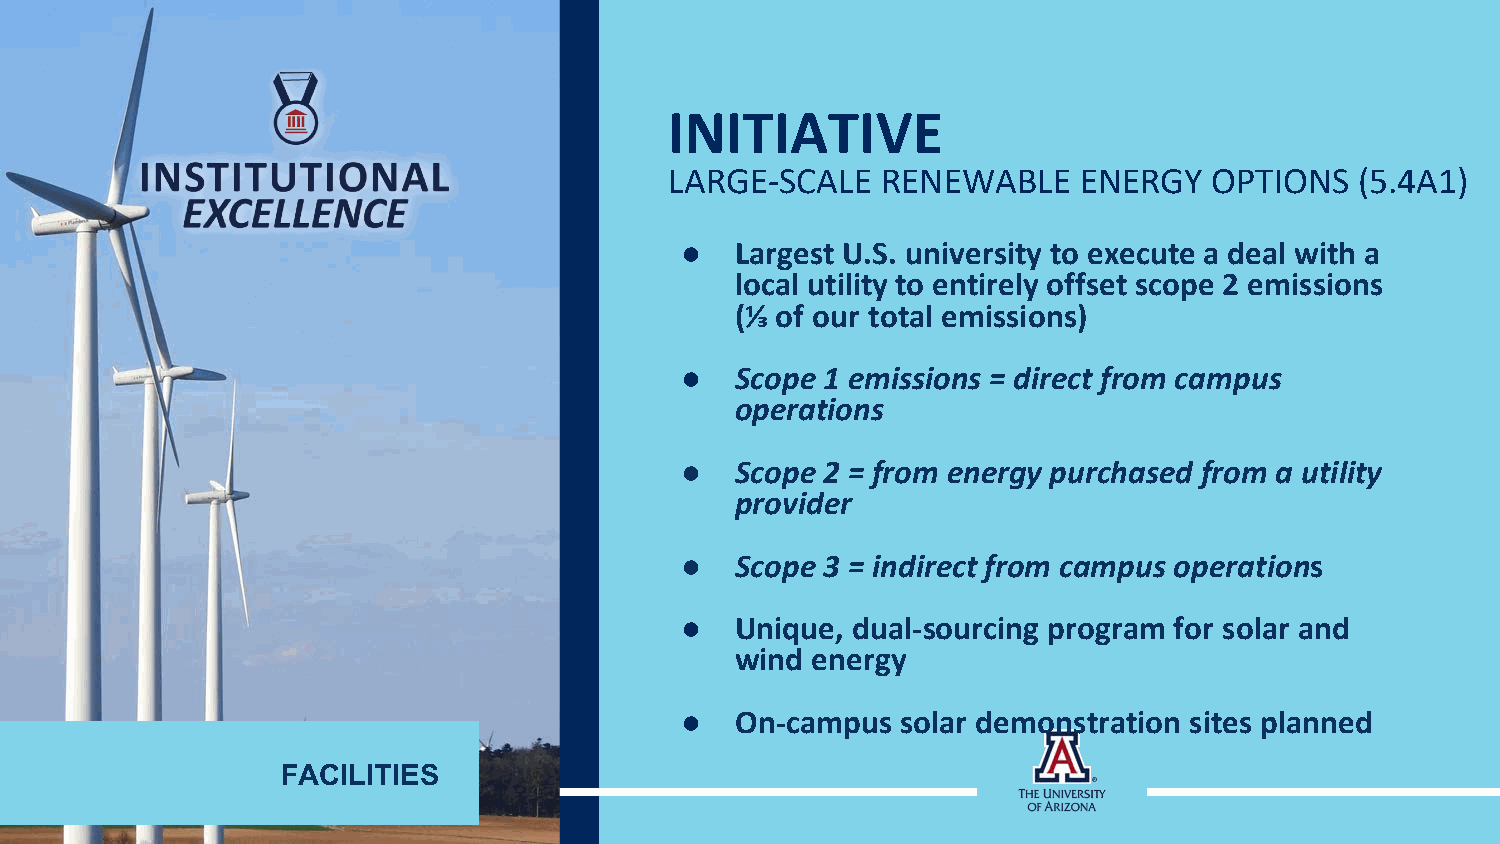
INITIATIVE
 LARGE-SCALE   RENEWABLE    ENERGY   OPTIONS   (5.4A1)
 ●   Largest U.S. university to execute a deal with a
 local utility to entirely offset scope 2 emissions
 (⅓ of our total emissions)
 ●   Scope 1 emissions = direct from campus
 operations
 ●   Scope 2 = from energy purchased from a utility
 provider
 ●   Scope 3 = indirect from campus operations
 ●   Unique, dual-sourcing program for solar and
 wind energy
 ●   On-campus  solar demonstration sites planned
 FACILITIES